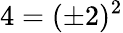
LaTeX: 4=(\pm 2)^{2}